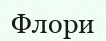
Флори